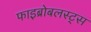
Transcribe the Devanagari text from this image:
फाइब्रोबलस्ट्स